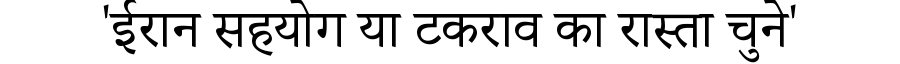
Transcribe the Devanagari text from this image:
'ईरान सहयोग या टकराव का रास्ता चुने'